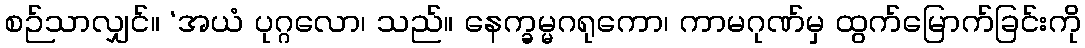
စဉ်သာလျှင်။ ‘အယံ ပုဂ္ဂလော၊ သည်။ နေက္ခမ္မဂရုကော၊ ကာမဂုဏ်မှ ထွက်မြောက်ခြင်းကို